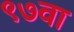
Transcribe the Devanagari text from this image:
९७वा